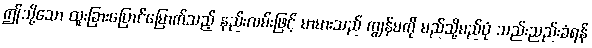
ဤသို့သော ထူးခြားပြောင်မြောက်သည့် နည်းလမ်းဖြင့် မာမားသည် ကျွန်မကို မည်သို့မည်ပုံ သည်းညည်းခံရန်